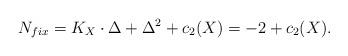
LaTeX: \begin{align*}N_{fix}=K_X\cdot \Delta +\Delta^2+c_2(X)=-2+c_2(X).\end{align*}